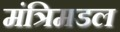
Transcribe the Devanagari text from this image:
मंत्रिमडल